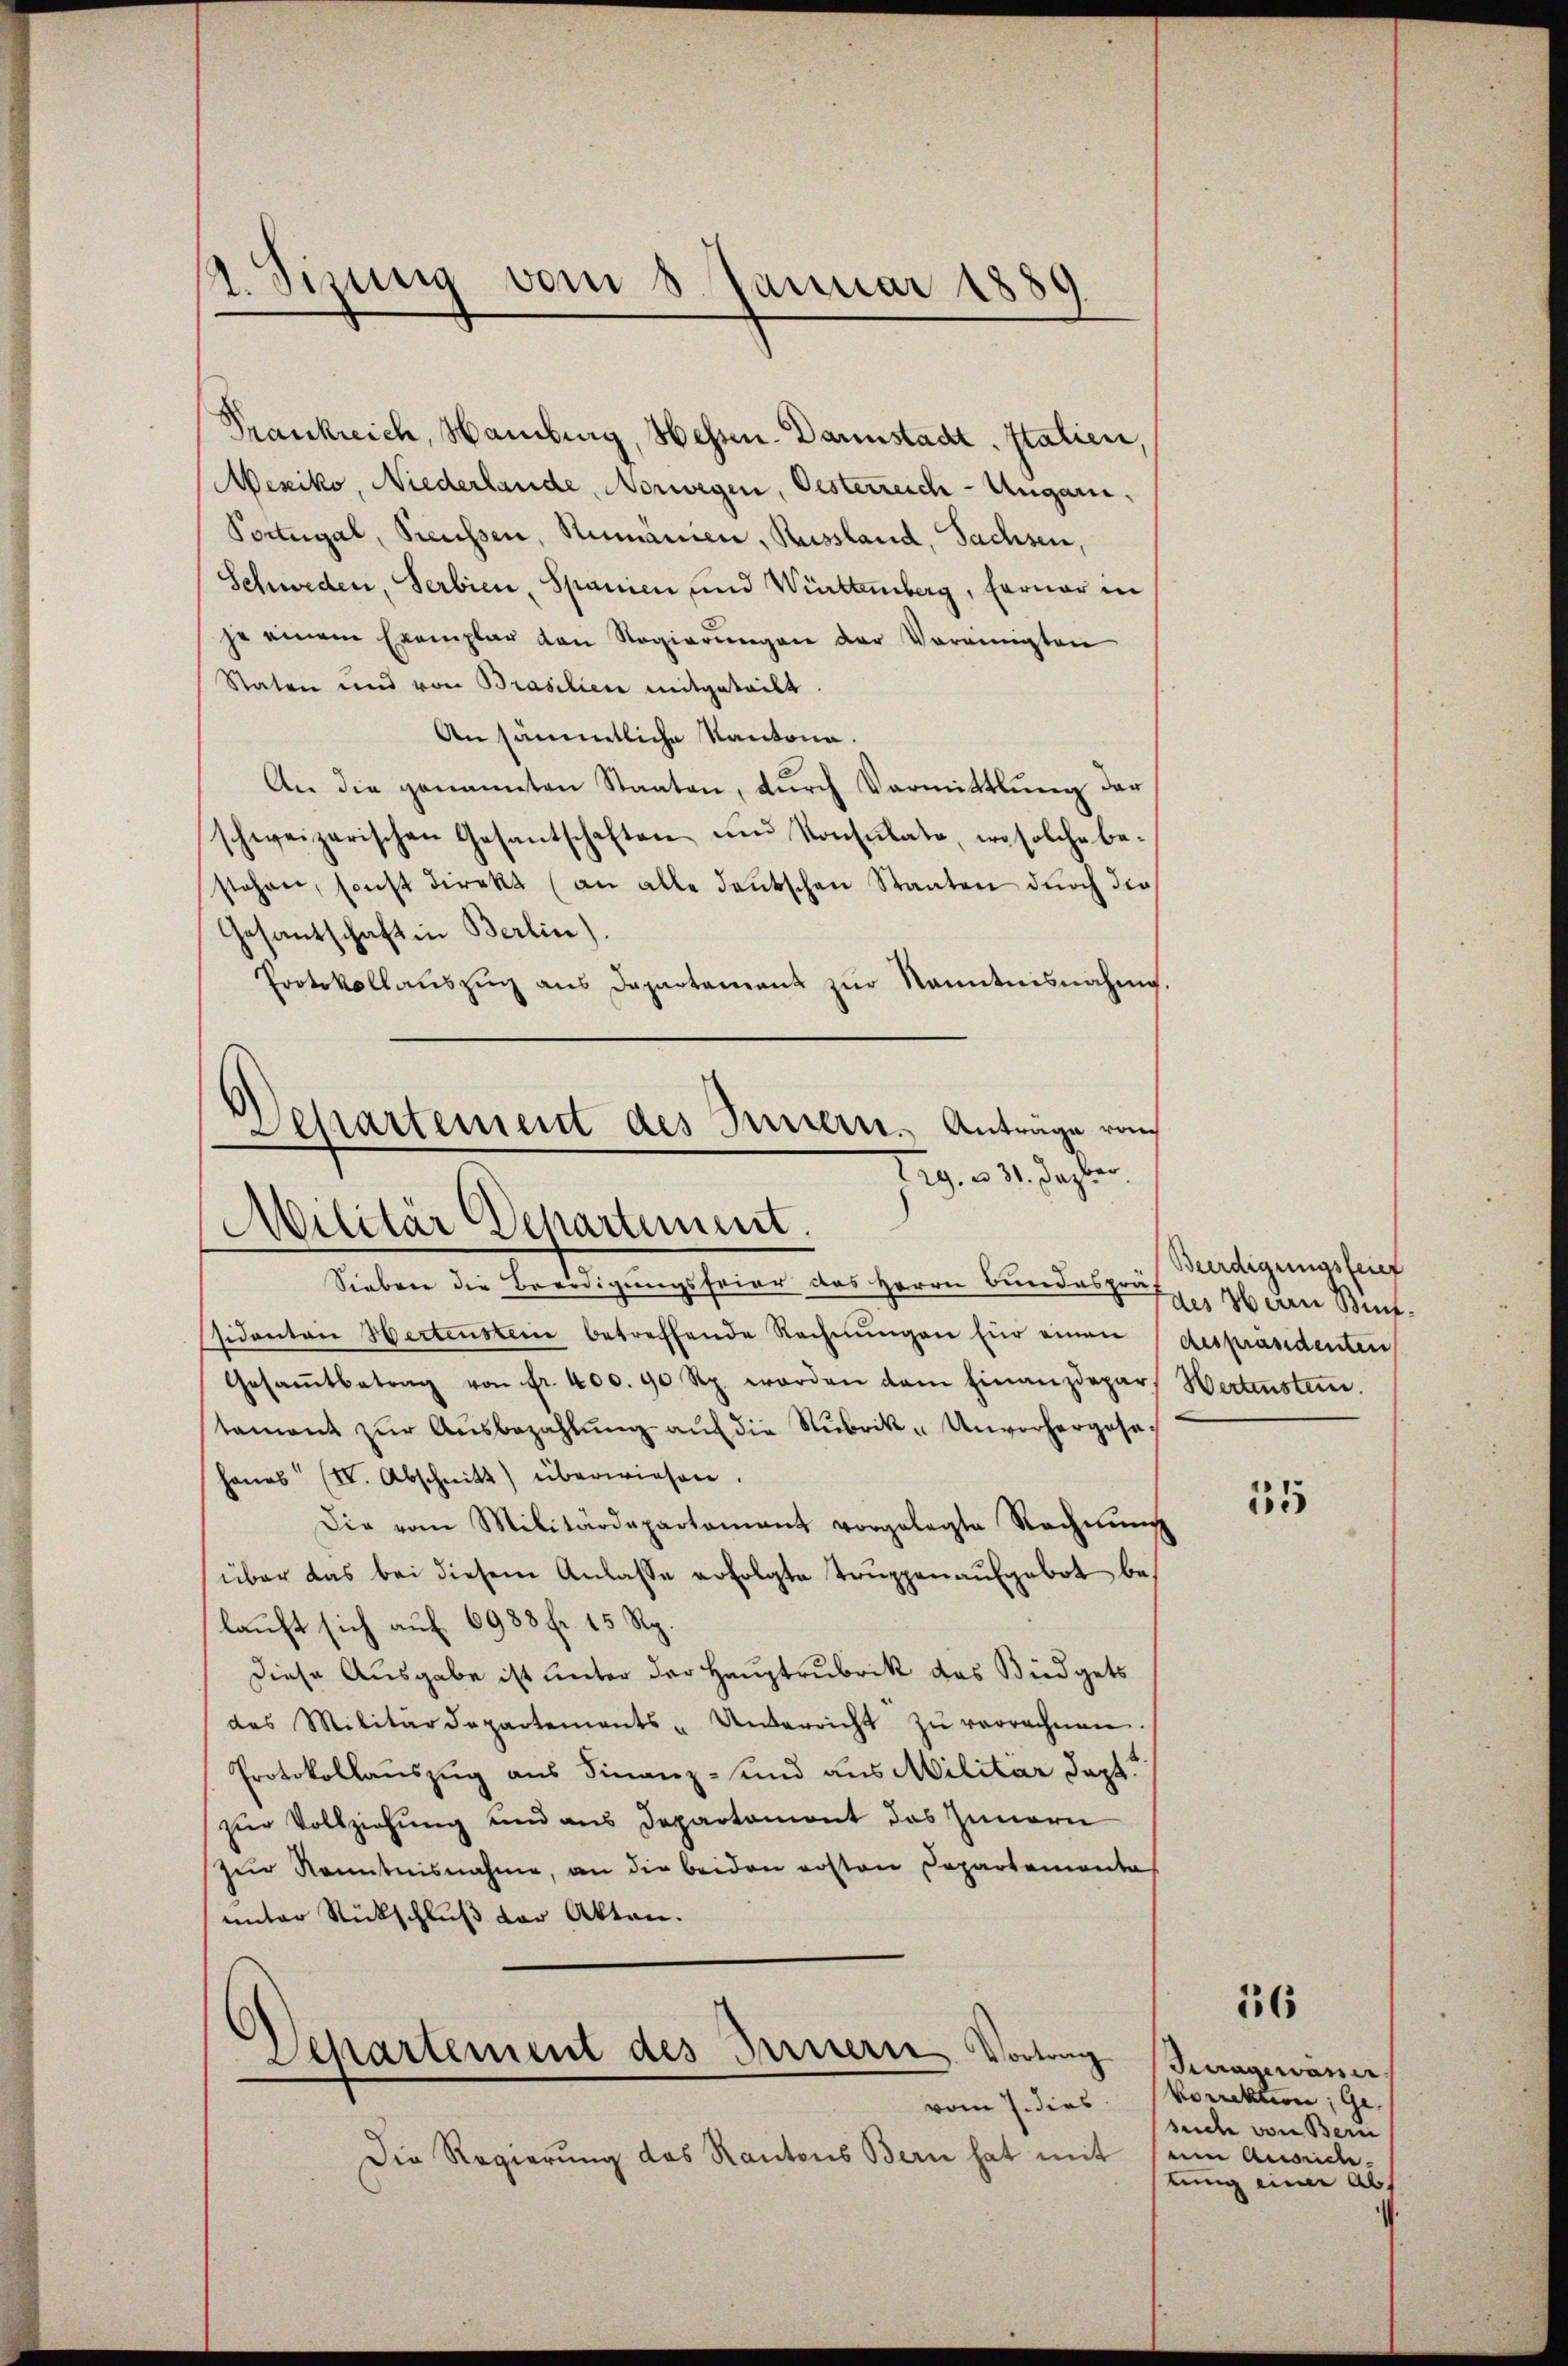
1. Sizung vom 8. Januar 1889

Frankreich, Hamburg, Hessen-Darmstadt, Italien,
Mexiko, Niederlande, Norwegen, Oesterreich-Ungari¬
Portugal, Preussen, Rumänien, Russland, Sachsen,
Schweden, Serbien, Spanien und Württemberg, ferner in
je einem Exemplar von Regierungen der Vereinigten
Staten und von Brasilien mitgeteilt.
Ansämmtliche Kantona.
An die genannten Staaten, dŭrch Vormittlung der
schweizerischen Gesantschaften ŭnd Konsulate, wo solche be-
stehen, sonst direkt (an alle deŭtschen Staaten dŭrch die
Gesantschaft in Berlin).
Protokollauszug aus Departement zur Kenntnisnahme.
Departement des Innern. Anträge von

Tag. 331. Dazber
)
Militär Departement.

Sieben die Beerdigungsfeier des Herrn Bundespräs
sidanten Hertenstein betreffende Rechnŭngen für einen despräsidenten
Gesaṁtbetrag von Fr. 400. 90 Rp. worden dem Finanzdepars Wertenstein.
tament zŭr Aŭsbezahlŭng aŭf die Rubrik-Unvorhergese-
hanas" (I. Abschnitt überwiesen.
Die vom Militärdepartement vorgelegte Rechnŭng
über das bei diesem Anlasse erfolgte Truppenaufgebot bes
lauft sich auf 6983 fr. 15 Rp.
diese Ausgabe ist unter der Hauptrubrik das Büdgets
des Militärdepartements - Unterricht zŭ verrechnen.
Protokollauszug aus Finanz- und aus Militar dopt
zur Vollziehung und aus Departamont das Innern
Zŭr Kenntnisnahme, an die beiden ersten Departemonta
unter Rückschluß der Akten.
Departement des Bernern Vortrag dagewann
vom 7. dies Vorrektion; Ge
Die Regierung das Kantons Bern hat mit

Beerdigungsfeier
des 16 den Bun¬

35

16

suche von Bern
eim Anweidte-
tung einer Abs